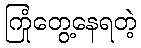
ကြုံတွေ့နေရတဲ့